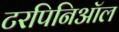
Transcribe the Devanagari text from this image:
टरपिनिऑल